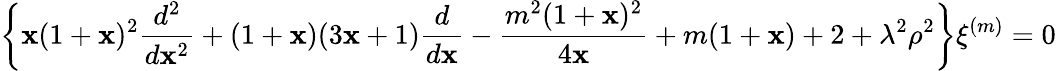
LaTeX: \left\{ \mathbf{x}(1+\mathbf{x})^{2}\frac{{d^{2}}}{{d\mathbf{x}^{2}}}+(1+\mathbf{x})(3\mathbf{x}+1)\frac{{d}}{{d\mathbf{x}}}-\frac{{m^{2}(1+\mathbf{x})^{2}}}{{4\mathbf{x}}}+m(1+\mathbf{x})+2+\lambda^{2}\rho^{2}\right\} \xi^{(m)}=0